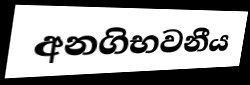
අනගිභවනීය